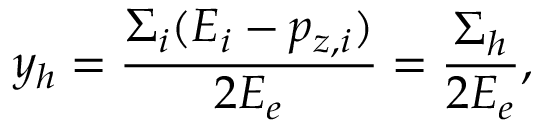
y _ { h } = { \frac { \Sigma _ { i } ( E _ { i } - p _ { z , i } ) } { 2 E _ { e } } } = { \frac { \Sigma _ { h } } { 2 E _ { e } } } ,